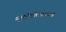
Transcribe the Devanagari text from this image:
म्यूकोपॉलिसैक्राइड